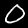
Label: 0